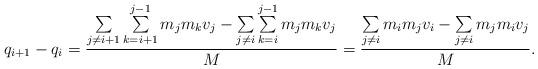
LaTeX: \begin{align*}q_{i+1}-q_i=\frac{\sum\limits_{j\ne i+1} \sum\limits_{k=i+1}^{j-1} m_jm_k v_j-\sum\limits_{j\ne i} \sum\limits_{k=i}^{j-1} m_jm_k v_j}{M} = \frac{\sum\limits_{j\ne i}m_im_j v_i-\sum\limits_{j\ne i} m_jm_i v_j}{M}.\end{align*}